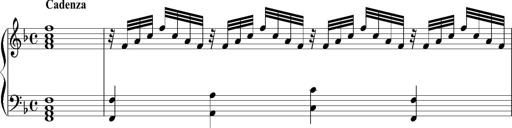
Title: 12 Sonatinas for Piano
Composer: Johann Baptist Vanhal